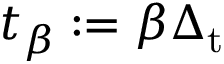
t _ { \beta } : = \beta \Delta _ { \mathrm { t } }